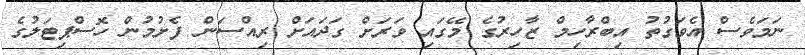
ނަމަވެސް އެވަގުތު އިބްރާހިމް ޒާހިރުގެ މޭގައި ވަރަށް ގަދައަށް ރިއްސަން ފެށުމުން ހޮސްޕިޓަލުގެ